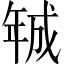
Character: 𢧚